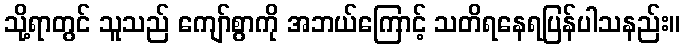
သို့ရာတွင် သူသည် ကျော်စွာကို အဘယ်ကြောင့် သတိရနေရပြန်ပါသနည်း။